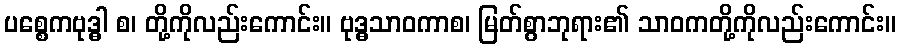
ပစ္စေကဗုဒ္ဓါ စ၊ တို့ကိုလည်းကောင်း။ ဗုဒ္ဓသာဝကာစ၊ မြတ်စွာဘုရား၏ သာဝကတို့ကိုလည်းကောင်း။